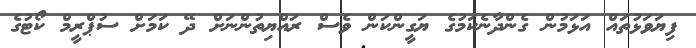
ފިޔަވަޅުތައް އަޅަމުން ގެންދާނެކަމުގެ ޔަގީންކަން ވެސް ރައްޔިތުންނަށް ދޭ ކަމަށް ސުޕްރީމް ކޯޓުގެ